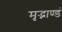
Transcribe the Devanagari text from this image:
मृद्भाण्डं